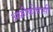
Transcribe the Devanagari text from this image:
अफ्रीकीवासी